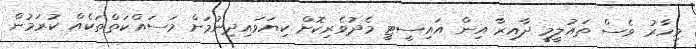
މިހާރު ވެސް ތައުލީމީ ދާއިރާ އިން އައިސީޓީ މެދުވެރިކޮށް ކިޔަވައިދިނުމަށް މަސައްކަތްތަކެއް ކުރަމުން